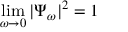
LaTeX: \operatorname * { l i m } _ { \omega \to 0 } | \Psi _ { \omega } | ^ { 2 } = 1